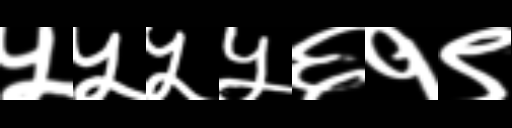
Text: ५५५५६१९